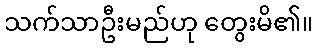
သက်သာဦးမည်ဟု တွေးမိ၏။